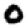
Digit: 0